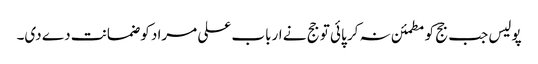
پولیس جب جج کو مطمئن نہ کر پائی تو جج نے ارباب علی مراد کو ضمانت دے دی۔